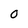
Character: O